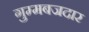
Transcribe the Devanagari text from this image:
गुम्मबजदार